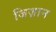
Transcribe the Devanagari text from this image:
जिज़ान